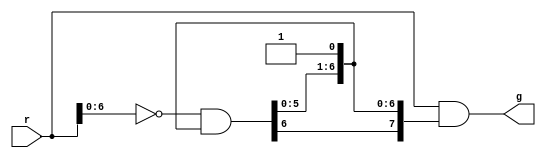
`timescale 1ns / 1ps
//////////////////////////////////////////////////////////////////////////////////
// Company: 
// Engineer: 
// 
// Design Name: 
// Module Name: Dec
// Project Name: 
// Target Devices: 
// Tool Versions: 
// Description: 
// 
// Dependencies: 
// 
// Revision:
// Revision 0.01 - File Created
// Additional Comments:
// 
//////////////////////////////////////////////////////////////////////////////////


module Arb(r, g) ; 
    parameter n = 8 ;
    input [n-1:0] r ;
    output [n-1:0] g ;
    wire [n-1:0] c = {(~r[n-2:0] & c[n-2:0]), 1'b1} ;
    wire [n-1:0] g = r & c ; 
endmodule